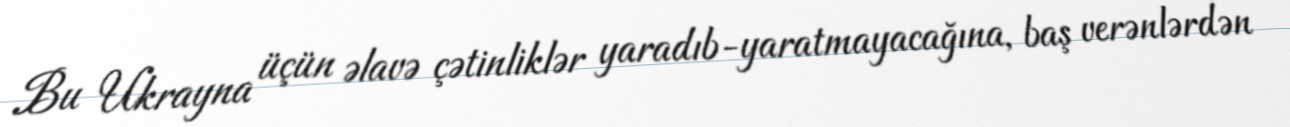
Bu Ukrayna üçün əlavə çətinliklər yaradıb-yaratmayacağına, baş verənlərdən